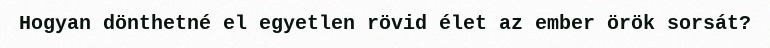
Hogyan dönthetné el egyetlen rövid élet az ember örök sorsát?